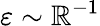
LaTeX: \varepsilon\sim\mathbb{R}^{-1}